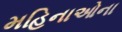
મહિનાઓના